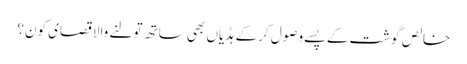
خالص گوشت کے پسے وصول کر کے ہڈیاں بھی ساتھ تولنے والا قصای کون؟